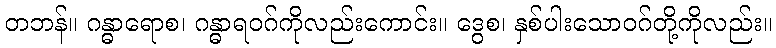
တဘန်။ ဂန္ဓာရောစ၊ ဂန္ဓာရဝဂ်ကိုလည်းကောင်း။ ဒွေစ၊ နှစ်ပါးသောဝဂ်တို့ကိုလည်း။